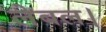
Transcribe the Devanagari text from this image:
लेबल।